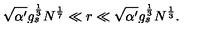
\sqrt { \alpha ^ { \prime } } g _ { s } ^ { \frac { 1 } { 3 } } N ^ { \frac { 1 } { 7 } } \ll r \ll \sqrt { \alpha ^ { \prime } } g _ { s } ^ { \frac { 1 } { 3 } } N ^ { \frac { 1 } { 3 } } .